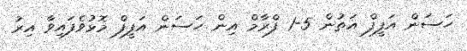
ހަސަން އަފީފް އަތުން 5-1 ފްރާމް އިން ހަސަން އަފީފް މޮޅުވެފައިވާ އިރު